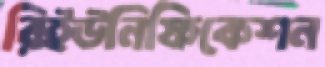
রিইউনিফিকেশন